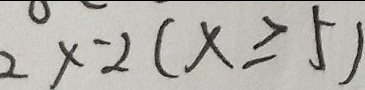
2 x - 2 ( x \geq 5 )